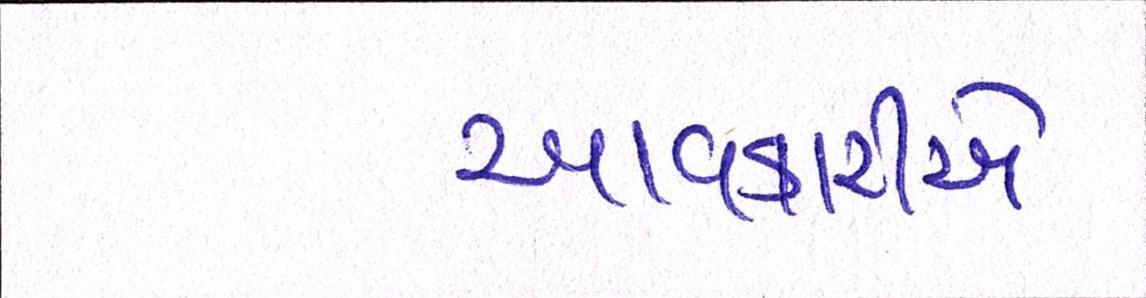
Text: આવકારીએ